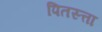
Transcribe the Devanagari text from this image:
पितस्त्ता